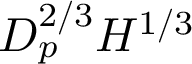
D _ { p } ^ { 2 / 3 } H ^ { 1 / 3 }